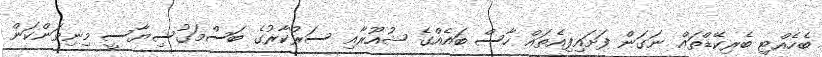
ބެހެއްޓި ބެރިކޭޑްތައް ނަގަން ފަށައިފިއެތައް ހާސް ބައެއްގެ ޝުއޫރާއި ސަރުކާރުގެ ބަސްމަގުސިޔާސީ މިނިވަންކަން